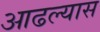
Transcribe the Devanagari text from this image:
आढल्यास